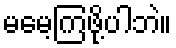
မမေ့ကြဖို့ပါဘဲ။